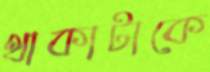
থাকাটাকে